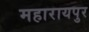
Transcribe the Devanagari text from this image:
महारायपुर